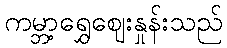
ကမ္ဘာ့ရွှေဈေးနှုန်းသည်